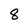
Character: 8